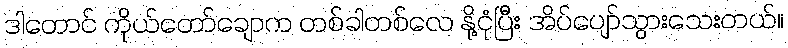
ဒါတောင် ကိုယ်တော်ချောက တစ်ခါတစ်လေ နို့ငုံပြီး အိပ်ပျော်သွားသေးတယ်။